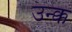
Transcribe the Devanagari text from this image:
उन्क्क